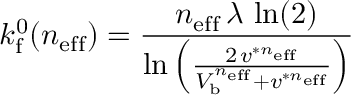
k _ { \mathrm { f } } ^ { 0 } ( n _ { \mathrm { e f f } } ) = \frac { n _ { \mathrm { e f f } } \, \lambda \, \ln ( 2 ) } { \ln \left( \frac { 2 \, v ^ { \ast n _ { \mathrm { e f f } } } } { V _ { \mathrm { b } } ^ { n _ { \mathrm { e f f } } } + v ^ { \ast n _ { \mathrm { e f f } } } } \right) }